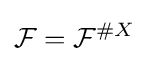
{\mathcal {F}}={\mathcal {F}}^{\#X}